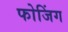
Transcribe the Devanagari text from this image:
फोजिंग